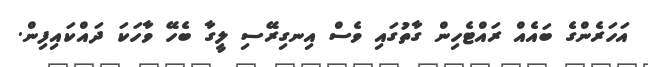
އަހަރެންގެ ބައެއް ރައްޓެހިން ގާތުގައި ވެސް އިނގިރޭސި ލީގާ ބެހޭ ވާހަކަ ދައްކައިފިން.